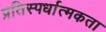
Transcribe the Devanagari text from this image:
प्रतिस्‍पर्धात्‍मकता